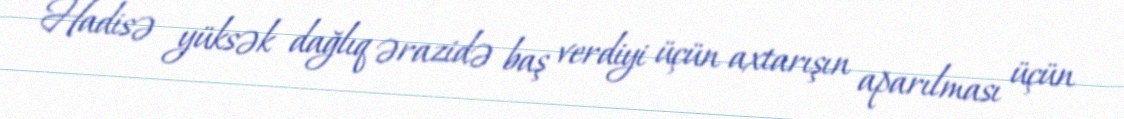
Hadisə yüksək dağlıq ərazidə baş verdiyi üçün axtarışın aparılması üçün